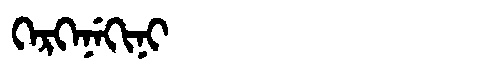
Manchu: ᡴᡝᡵᡴᡝᠨᡝᡴᡳᠨᡳ
Romanization: KERKENEKINI